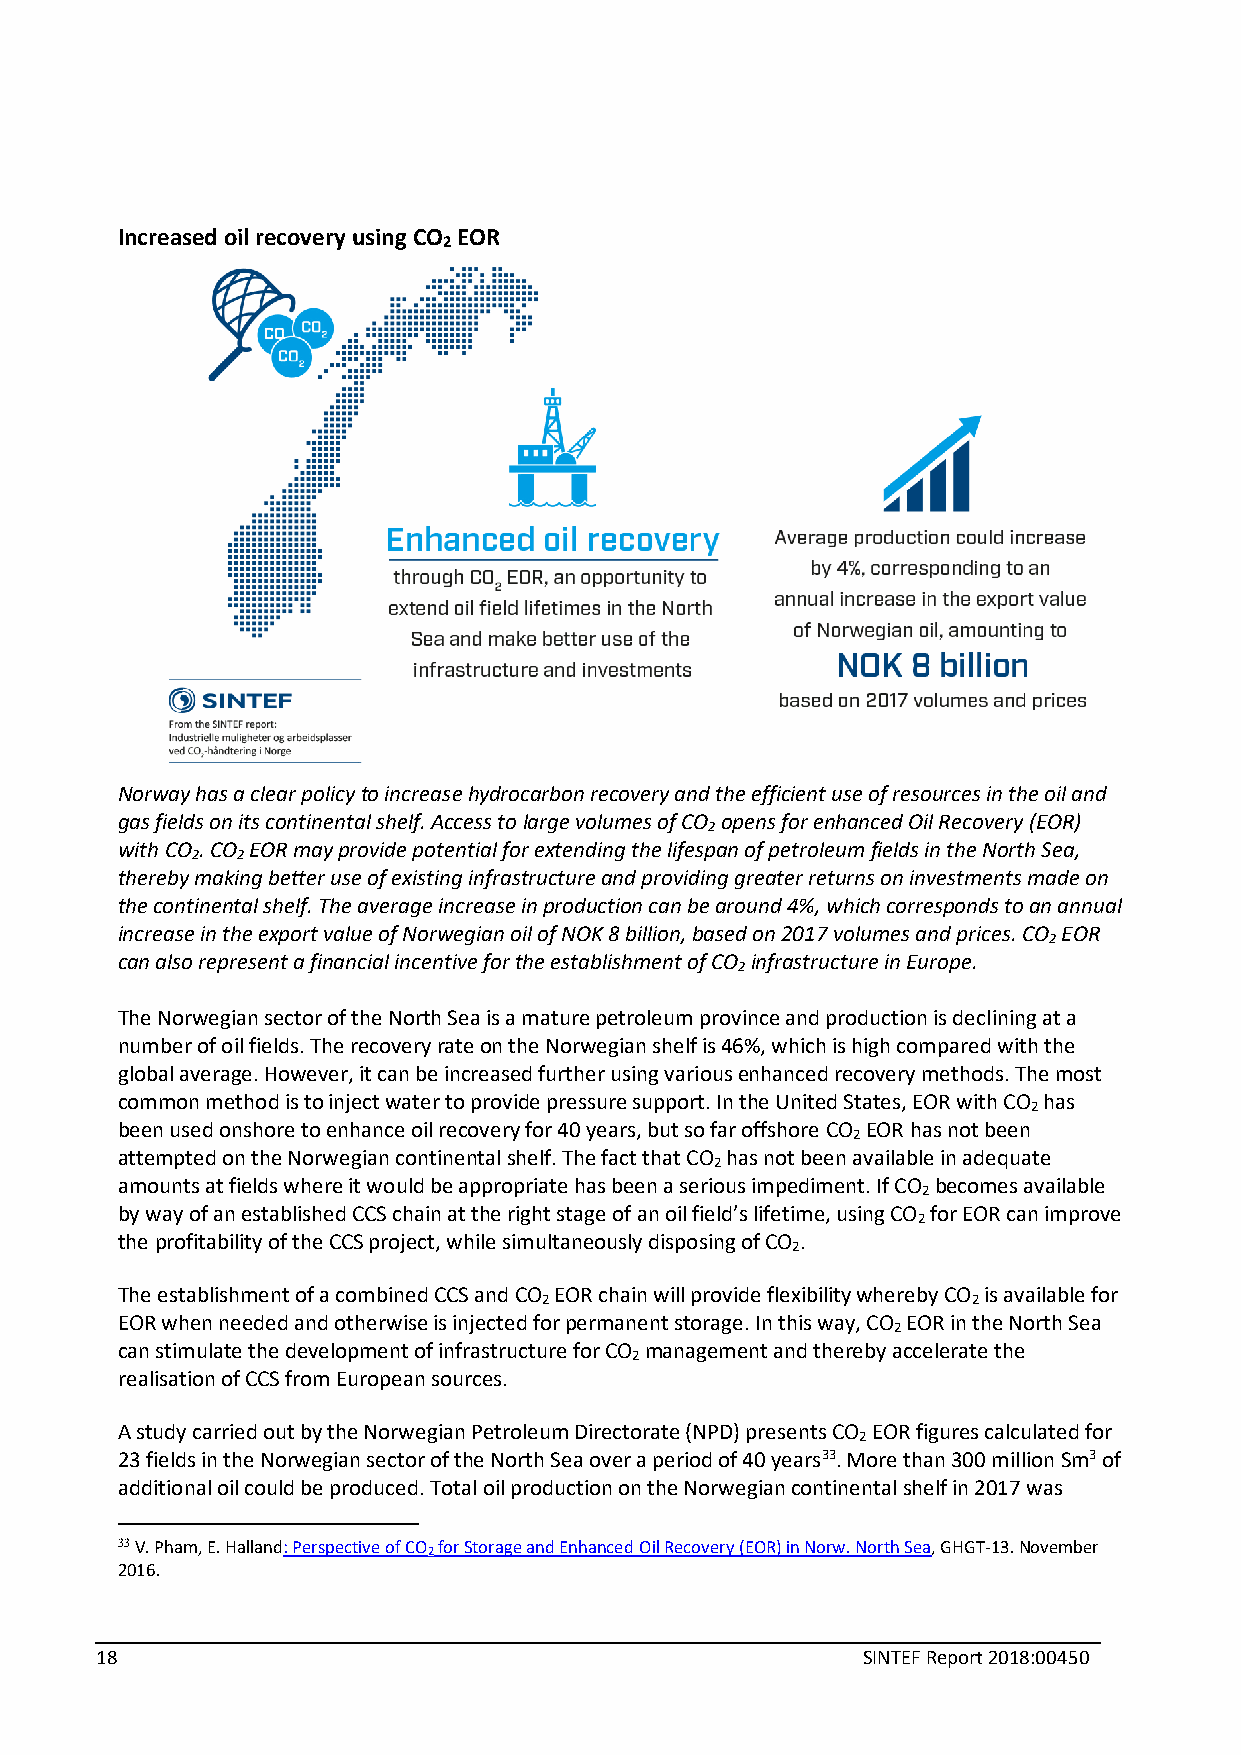
Increased oil recovery using CO EOR
 2
 Norway has a clear policy to increase hydrocarbon recovery and the efficient use of resources in the oil and
 gas fields on its continental shelf. Access to large volumes of CO opens for enhanced Oil Recovery (EOR)
 2
 with CO . CO EOR may provide potential for extending the lifespan of petroleum fields in the North Sea,
 2  2
 thereby making better use of existing infrastructure and providing greater returns on investments made on
 the continental shelf. The average increase in production can be around 4%, which corresponds to an annual
 increase in the export value of Norwegian oil of NOK 8 billion, based on 2017 volumes and prices. CO EOR
 2
 can also represent a financial incentive for the establishment of CO infrastructure in Europe.
 2
 The Norwegian sector of the North Sea is a mature petroleum province and production is declining at a
 number of oil fields. The recovery rate on the Norwegian shelf is 46%, which is high compared with the
 global average. However, it can be increased further using various enhanced recovery methods. The most
 common method is to inject water to provide pressure support. In the United States, EOR with CO has
 2
 been used onshore to enhance oil recovery for 40 years, but so far offshore CO EOR has not been
 2
 attempted on the Norwegian continental shelf. The fact that CO has not been available in adequate
 2
 amounts at fields where it would be appropriate has been a serious impediment. If CO becomes available
 2
 by way of an established CCS chain at the right stage of an oil field’s lifetime, using CO for EOR can improve
 2
 the profitability of the CCS project, while simultaneously disposing of CO .
 2
 The establishment of a combined CCS and CO EOR chain will provide flexibility whereby CO is available for
 2                           2
 EOR when needed and otherwise is injected for permanent storage. In this way, CO EOR in the North Sea
 2
 can stimulate the development of infrastructure for CO management and thereby accelerate the
 2
 realisation of CCS from European sources.
 A study carried out by the Norwegian Petroleum Directorate (NPD) presents CO EOR figures calculated for
 2
 23 fields in the Norwegian sector of the North Sea over a period of 40 years33. More than 300 million Sm3 of
 additional oil could be produced. Total oil production on the Norwegian continental shelf in 2017 was
 33 V. Pham, E. Halland: Perspective of CO for Storage and Enhanced Oil Recovery (EOR) in Norw. North Sea, GHGT-13. November
 2
 2016.
 18                                                 SINTEF Report 2018:00450